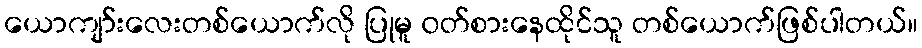
ယောကျာ်းလေးတစ်ယောက်လို ပြုမူ ၀တ်စားနေထိုင်သူ တစ်ယောက်ဖြစ်ပါတယ်။